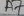
Text: A7